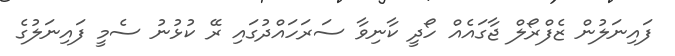
ފައިނަލުން ޒެފްރޯލް ޖާގައެއް ހޯދީ ކާނިވާ ސަރަހައްދުގައި ރޭ ކުޅުނު ސެމީ ފައިނަލުގެ